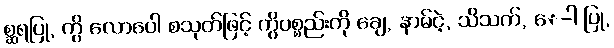
စ္ဆရပြု, ကွိ လောပေါ စသုတ်ဖြင့် ကွိပစ္စည်းကို ချေ, နာမ်ငဲ့, သိသက်, ေ-ါ ပြု,